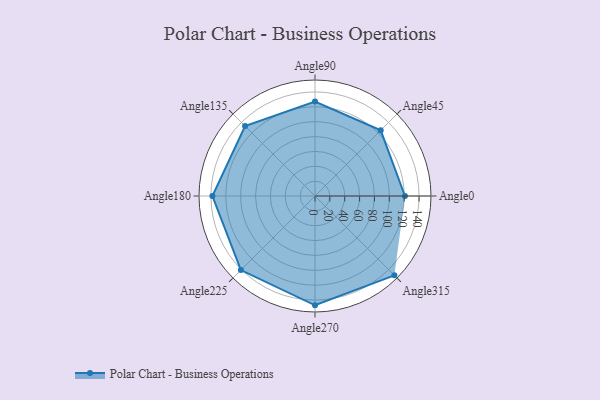
{"axis": {"x": "Angle", "y": "Radius"}, "legend": [""], "data": [{"x": "Angle0", "y": 121.0, "type": ""}, {"x": "Angle45", "y": 125.0, "type": ""}, {"x": "Angle90", "y": 127.0, "type": ""}, {"x": "Angle135", "y": 133.0, "type": ""}, {"x": "Angle180", "y": 138.0, "type": ""}, {"x": "Angle225", "y": 141.0, "type": ""}, {"x": "Angle270", "y": 147.0, "type": ""}, {"x": "Angle315", "y": 151.0, "type": ""}]}